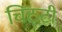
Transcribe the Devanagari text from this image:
चिठ्टी